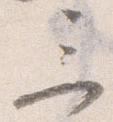
三